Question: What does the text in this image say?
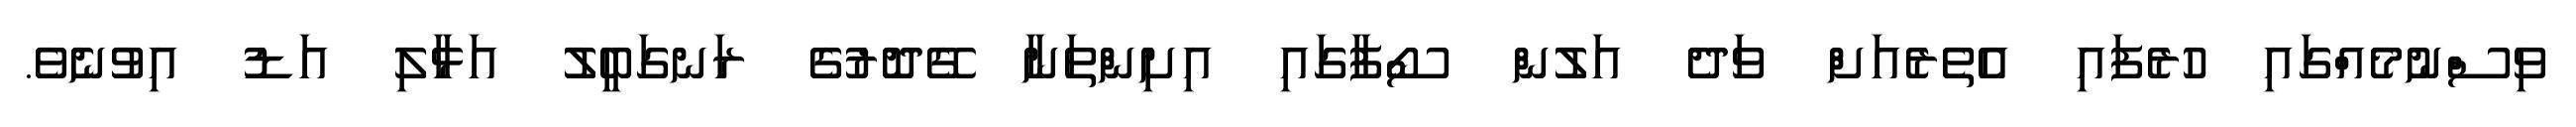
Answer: ވިސްނުމެއްގައި ހުރެފައި އެތެރެއަށް ވަދެ އަލުން ސޯފާގައި އިށިންތަނާ ގޭދޮރުގެ ރަނގަބީލު އަޅާލި އަޑު އިވުނެވެ.